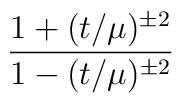
{\frac{1+(t/\mu)^{\pm2}}{1-(t/\mu)^{\pm2}}}